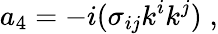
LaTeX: a_{4}=-i(\sigma_{ij}k^{i}k^{j})\; ,